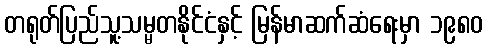
တရုတ်ပြည်သူ့သမ္မတနိုင်ငံနှင့် မြန်မာဆက်ဆံရေးမှာ ၁၉၈၀